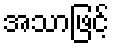
အသာဖြင့်